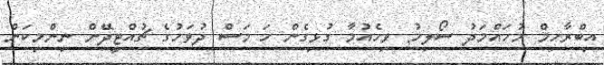
އިބްރާހިމް މުހައްމަދު ސޯލިހު